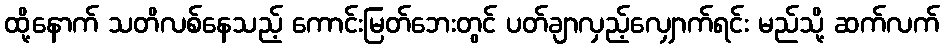
ထို့နောက် သတိလစ်နေသည့် ကောင်းမြတ်ဘေးတွင် ပတ်ချာလှည့်လျှောက်ရင်း မည်သို့ ဆက်လက်